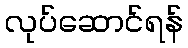
လုပ်ဆောင်ရန်